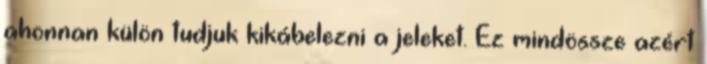
ahonnan külön tudjuk kikábelezni a jeleket. Ez mindössze azért